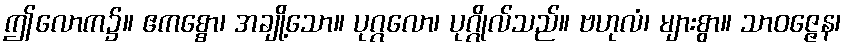
ဤလောက၌။ ဧကစ္စော၊ အချို့သော။ ပုဂ္ဂလော၊ ပုဂ္ဂိုလ်သည်။ ဗဟုလံ၊ များစွာ။ သာဝဇ္ဇေန၊